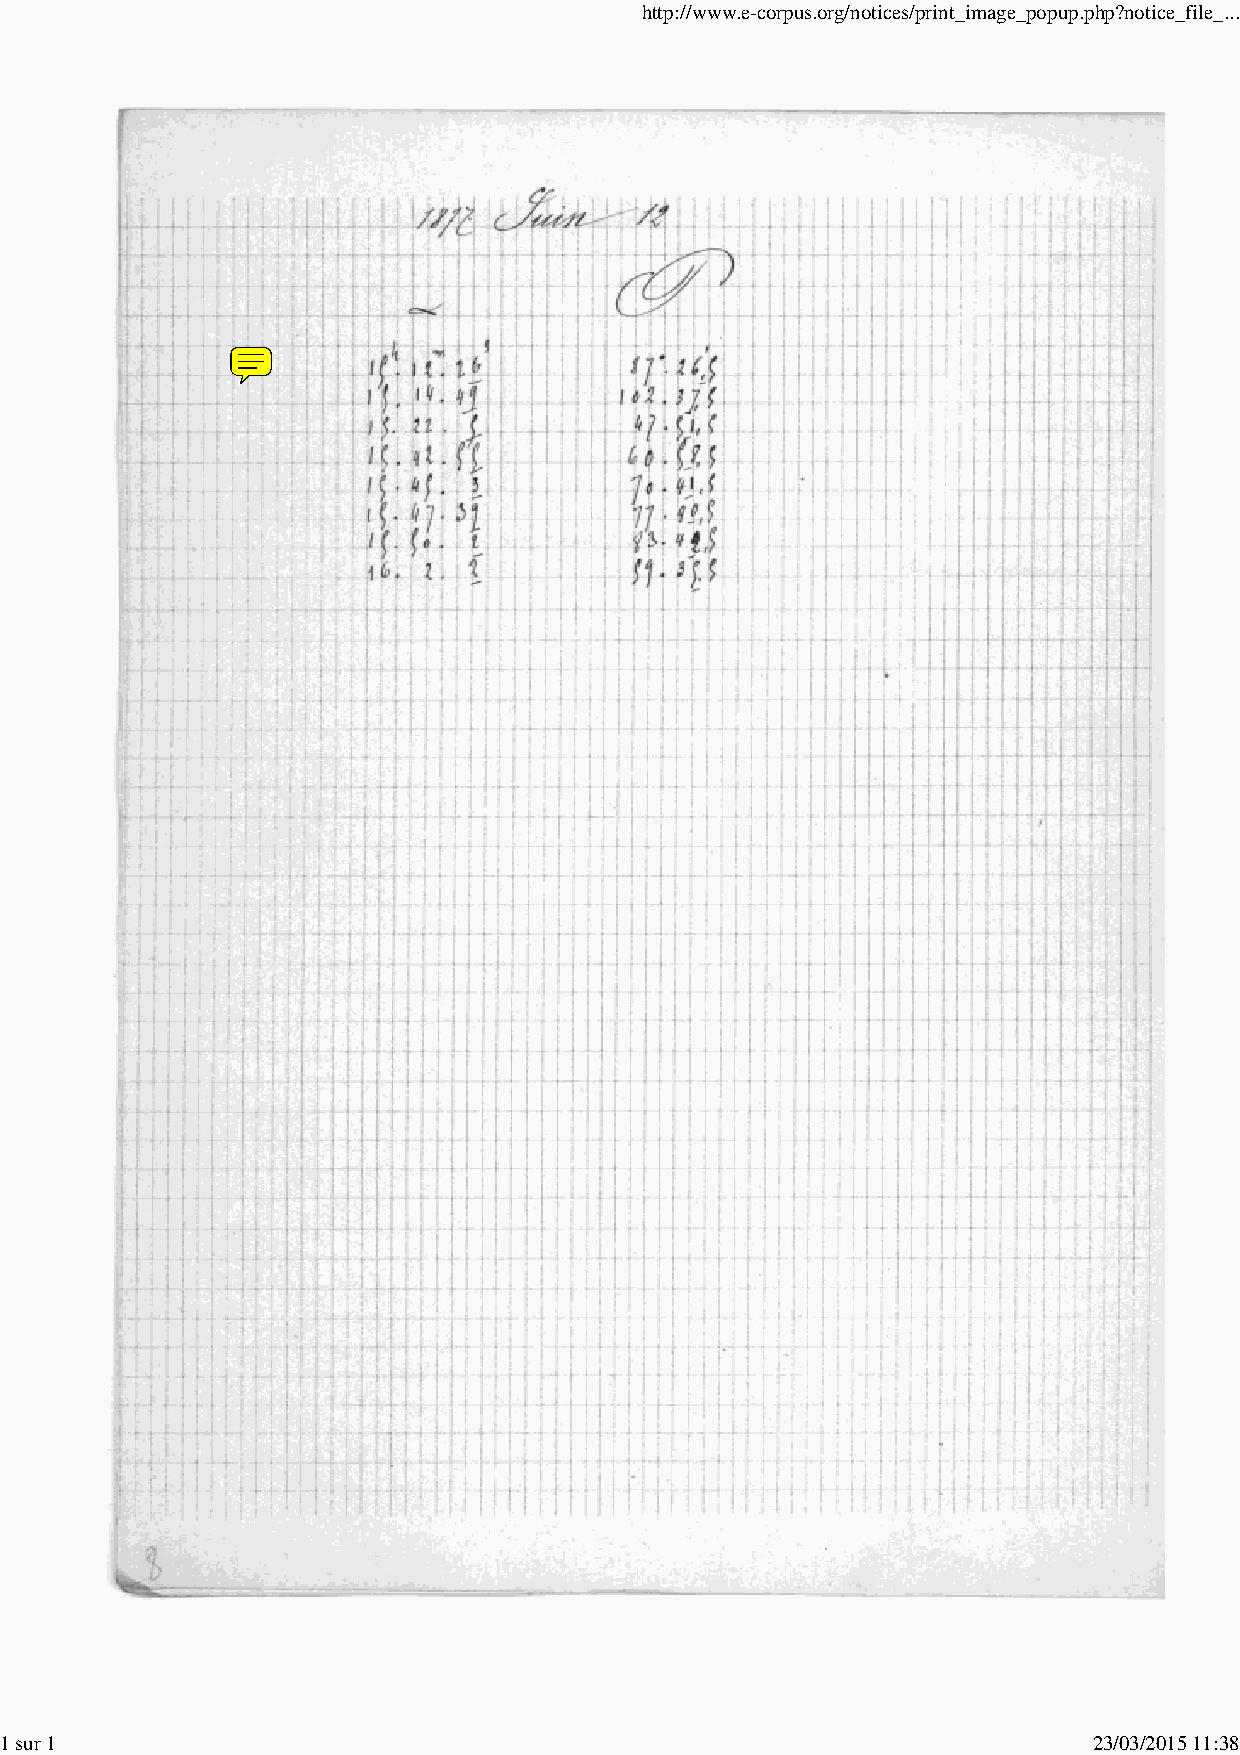
http://www.e-corpus.org/notices/print_image_popup.php?notice_file_...
 1 sur 1                                                                 23/03/2015 11:38